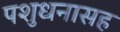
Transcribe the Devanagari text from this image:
पशुधनासह